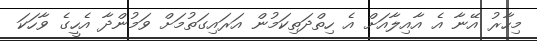
މިހާރު އޭނާ އެ އާއިލާއަށް އެ ހިތްދަތިކަމުން އަރައިގަތުމަށް ވަމުންދާ އެހީގެ ވާހަކަ